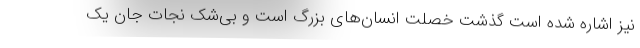
نیز اشاره شده است گذشت خصلت انسان‌های بزرگ است و بی‌شک نجات جان یک